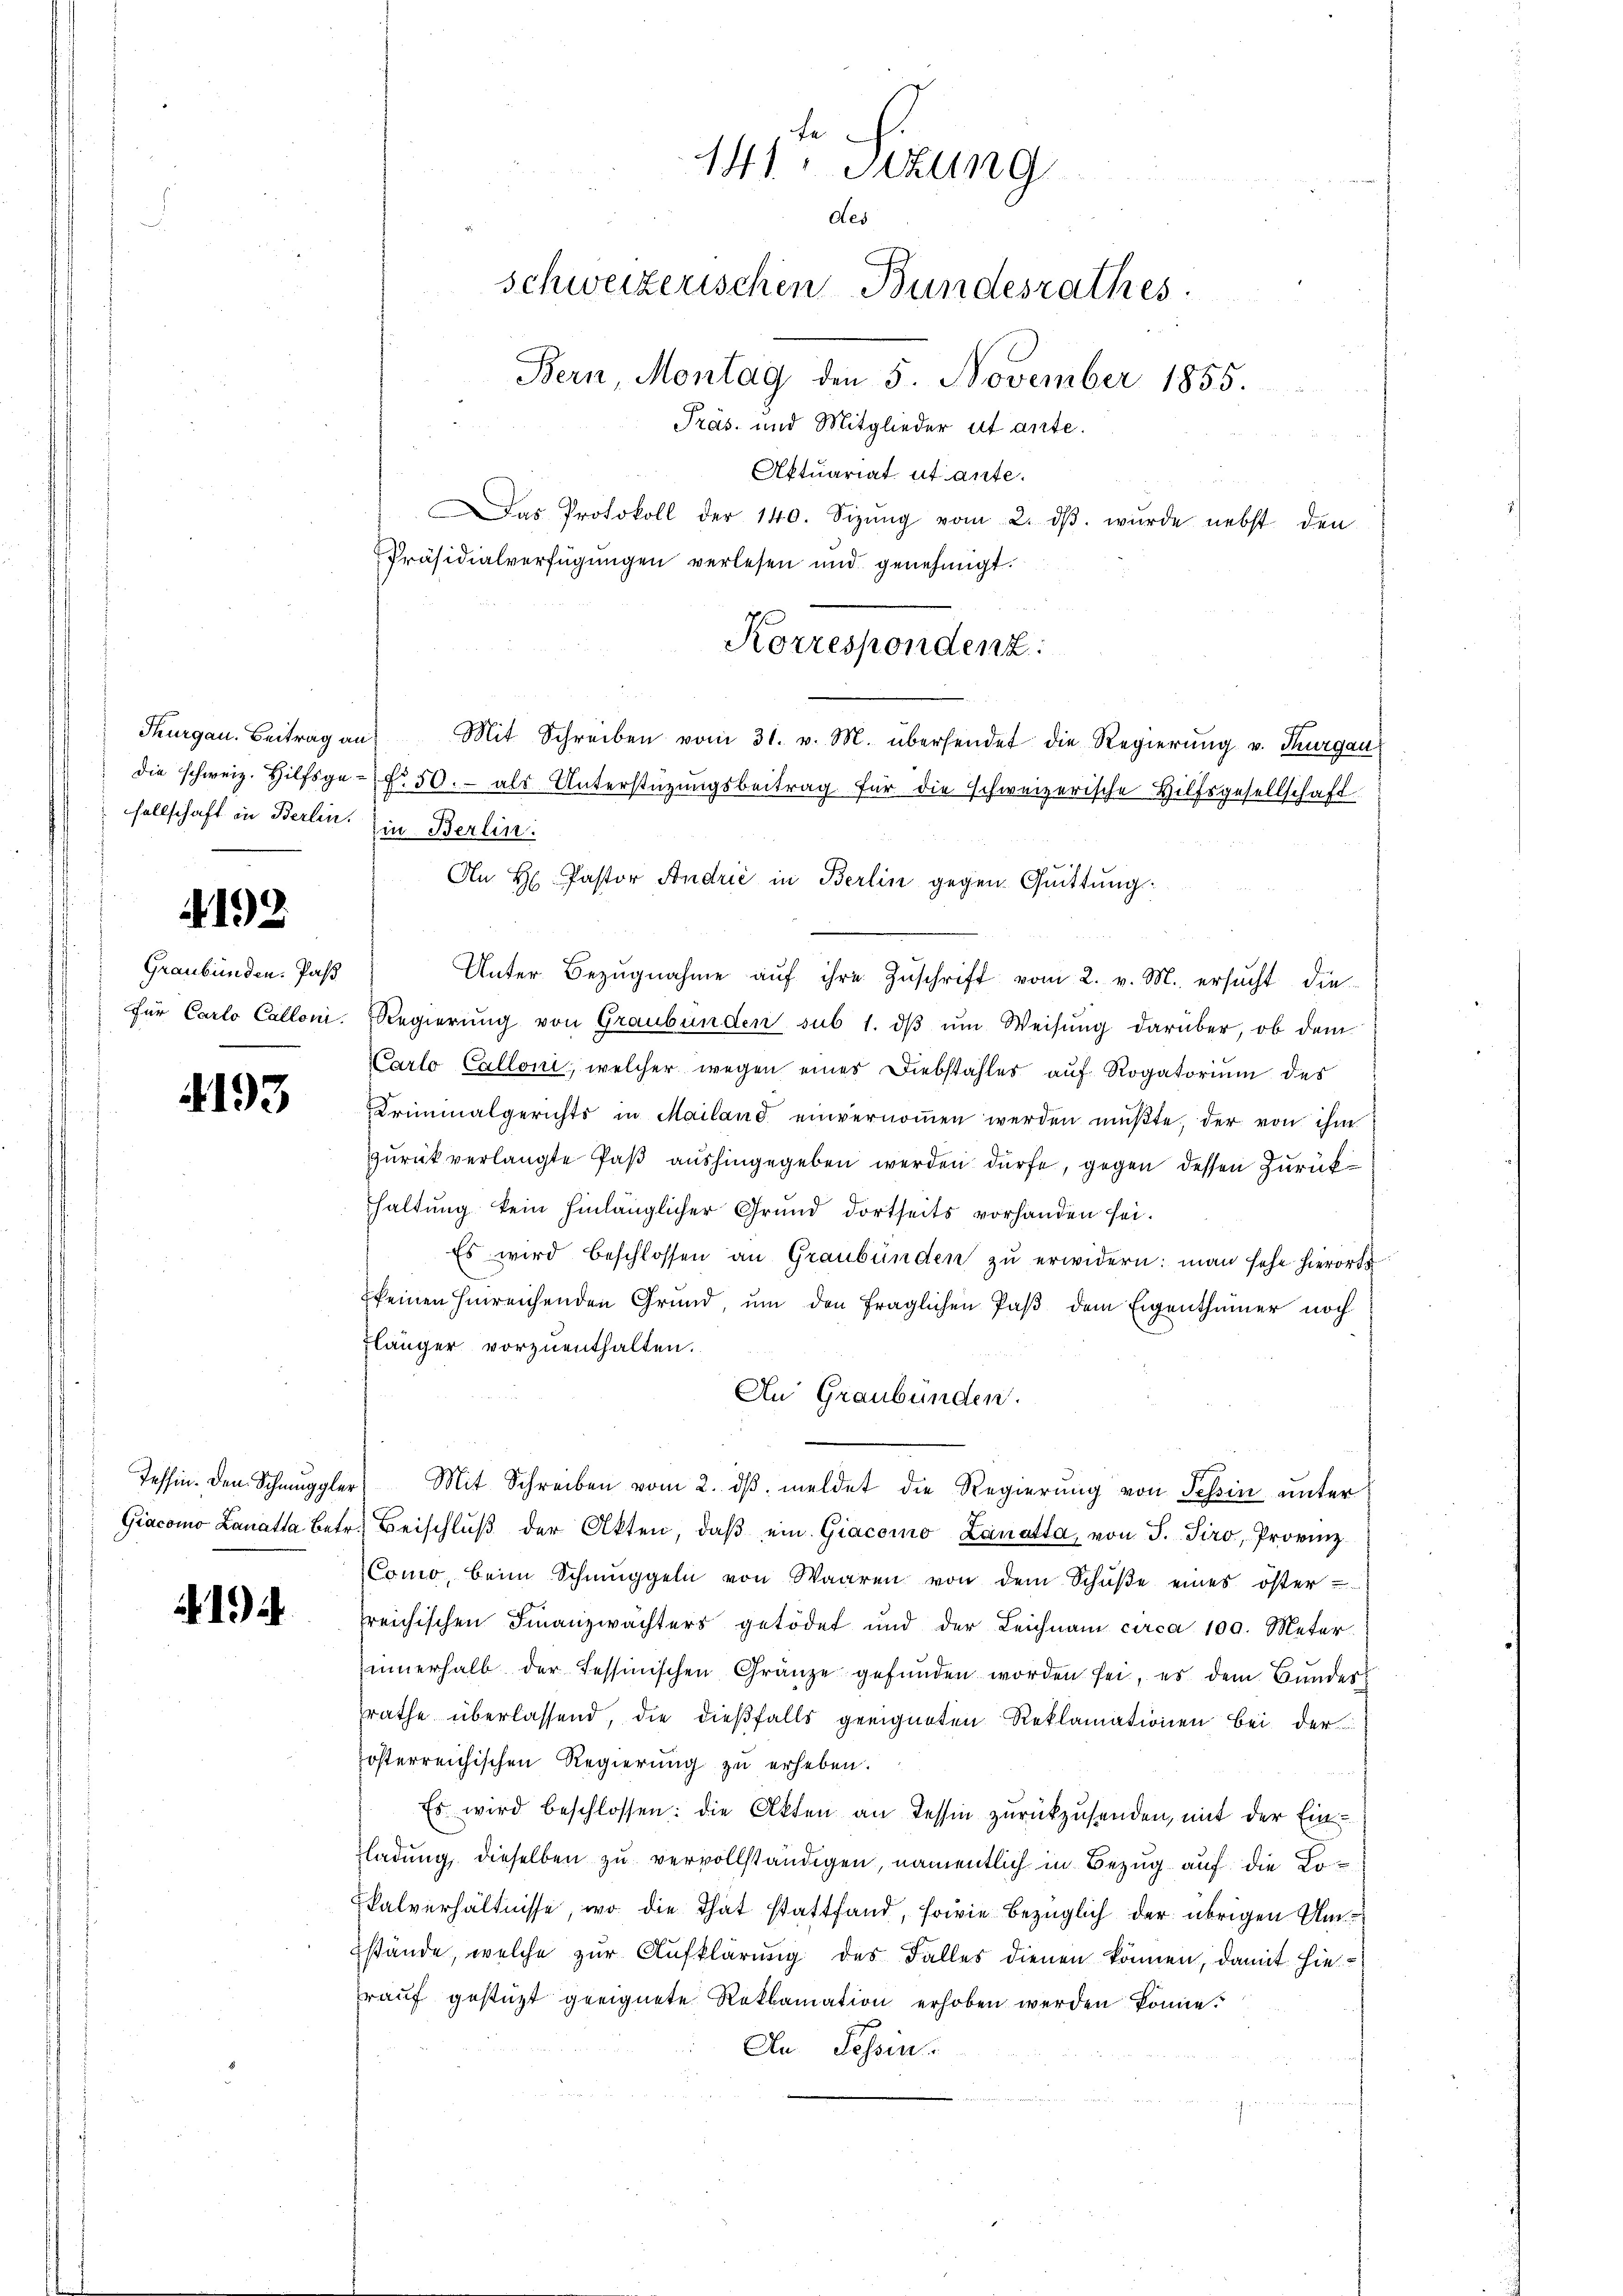
sellschaft in Berlin. Ein Berlin.

4192

Graubünden. Pas

4193

1)

te
141. Sitzung
des
Schweizerischen Bundesrathes
Bern, Montag den 5. November 1855.
Präs. und Mitglieder ut ante.

Aktuariat ut ante.
as Protokoll der 140. Sizŭng vom 2. dβ. wurde nebst den
Präsidialverfügŭngen verlesen und genehmigt.
Thurgau. Beitrag an: Mit Schreiben vom 31. v. M. übersendet die Regierŭng v. Thurgau
die schweiz. Hilfsge- f. 50.- als Unterstützŭngsbeitrag für die schweizerische Hilfsgesellschaft
Unter Bezŭgnahme aŭf ihre Zuschrift vom 2. v. M. ersucht die
für Carlo Calloni. Regierŭng von Graubünden sub 1. dβ ŭm Weisŭng darüber, ob dem
Carlo Calloni, welcher wegen eines Diebstahler auf Rogatorium des
Kriminalgerichts in Mailand einvernoṁen werden müßte, der von ihm
zurück verlangte Paß aushingegeben werden dürfe, gegen dessen Zurückhaltung kein hinlänglicher Grund dortseits vorhanden sei.
Es wird beschlossen an Graubünden zŭ erwidern: man sehe hierorde
Ekeinen hinreichenden Grund, um den fraglichen Paß dem Eigenthümer noch
Flänger vorzuenthalten.
An Graubünden.
Tessin. Den Schmuggler Mit Schreiben vom 2. dβ meldet die Regierŭng von Tessin unter
Giacomo Lanatta betr. Beischlŭβ der Akten, daβ ein Giacomo Lanatta, von P. Širo, Provinz
CComo beim Schmuggeln von Waaren von dem Schüße eines öster
reichischen Finanzwächters getödet und der Leichnam circa 100. Meter
innerhalb der Tessinischen Gränze gefunden worden sei, es dem Bundes
rathe überlassend, die dießfalls geeigneten Reklamationen bei der
österreichischen Regierung zu erheben.
Es wird beschlossen: die Akten an Tessin zurückzusenden, mit der Einladung, dieselben zu vervollständigen, namentlich in Bezug auf die Lo¬
Ekalverhältnisse, wo die That stattfand, sowie bezüglich der übrigen Um
Estände, welche zur Aufklärung des Falles dienen können, damit hierauf gestüzt geeignete Reklamation erhoben werden könne.
An Tessin.

Korrespondenz.

An H Pastor Andrić in Berlin gegen Quittung.